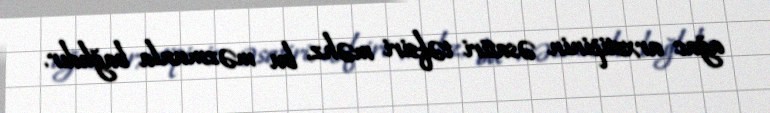
ağac arxetipinin əsatiri təfsiri məhz, bu məzmunla bağlıdır.